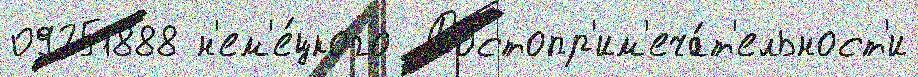
09251888 н'ем'е́цкого  Достопр'им'еча́т'ельност'и